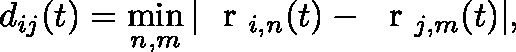
d _ { i j } ( t ) = \operatorname* { m i n } _ { n , m } | { \mathrm { ~ \boldmath ~ r ~ } } _ { i , n } ( t ) - { \mathrm { ~ \boldmath ~ r ~ } } _ { j , m } ( t ) | ,